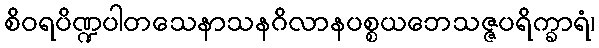
စိဝရပိဏ္ဍပါတသေနာသနဂိလာနပစ္စယဘေသဇ္ဇပရိက္ခာရံ၊